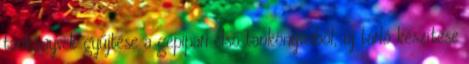
tankönyvek gyűjtése a gépipari első tankönyveiből, új tárló készítése